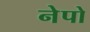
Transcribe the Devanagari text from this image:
नेपो